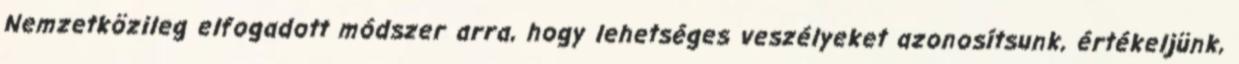
Nemzetközileg elfogadott módszer arra, hogy lehetséges veszélyeket azonosítsunk, értékeljünk,